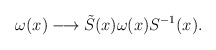
\begin{align*}\omega(x) \longrightarrow \tilde{S}(x) \omega(x) S^{-1}(x).\end{align*}